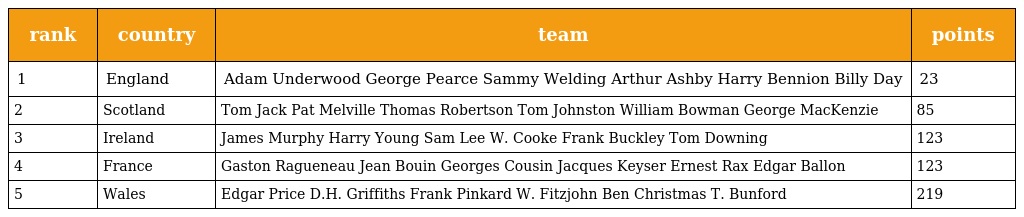
| rank | country | team | points |
 | --- | --- | --- | --- |
 | 1 | England | Adam Underwood George Pearce Sammy Welding Arthur Ashby Harry Bennion Billy Day | 23 |
 | 2 | Scotland | Tom Jack Pat Melville Thomas Robertson Tom Johnston William Bowman George MacKenzie | 85 |
 | 3 | Ireland | James Murphy Harry Young Sam Lee W. Cooke Frank Buckley Tom Downing | 123 |
 | 4 | France | Gaston Ragueneau Jean Bouin Georges Cousin Jacques Keyser Ernest Rax Edgar Ballon | 123 |
 | 5 | Wales | Edgar Price D.H. Griffiths Frank Pinkard W. Fitzjohn Ben Christmas T. Bunford | 219 |